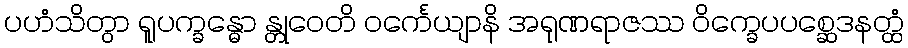
ပဟံသိတွာ ရူပက္ခန္ဓော န္တုဝေတိ ဝင်္ကေယျာနိ အရုဏရာဇဿ ဝိက္ခေပပစ္ဆေဒနတ္ထံ